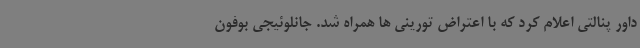
داور پنالتی اعلام کرد که با اعتراض تورینی ها همراه شد. جانلوئیجی بوفون